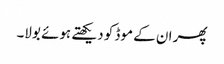
پھر ان کے موڈ کو دیکھتے ہوئے بولا۔